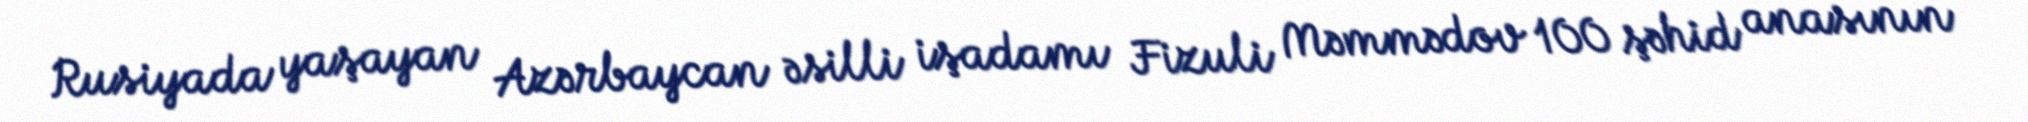
Rusiyada yaşayan Azərbaycan əsilli işadamı Fizuli Məmmədov 100 şəhid anasının